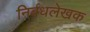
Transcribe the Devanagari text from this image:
निर्बधलेखक